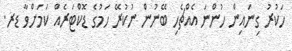
ހަކުރު ގިނައިން ހުންނަ އެއްޗެހި ބޭނުން ނުކުރޭ ހަމުގެ ޑޮކްޓަރެއް ކަމަށްވާ ޑރ.